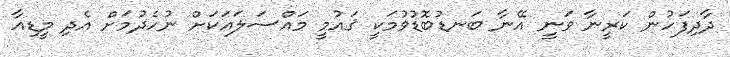
ދާދިފަހުން ކަރީނާ ވަނީ އޭނާ ބަނޑުބޮޑުވުމަކީ ޤައުމީ މައްސަލައަކަށް ނުހެދުމަށް އެދި މީޑިއާ